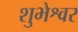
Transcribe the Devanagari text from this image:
शुभेश्वर